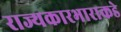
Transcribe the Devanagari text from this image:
राज्यकारभाराकडे